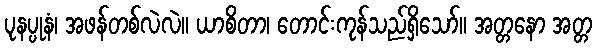
ပုနပ္ပုနံ၊ အဖန်တစ်လဲလဲ။ ယာစိတာ၊ တောင်းကုန်သည်ရှိသော်။ အတ္တနော အတ္တ